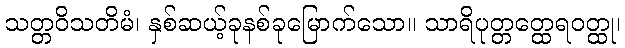
သတ္တဝိသတိမံ၊ နှစ်ဆယ့်ခုနစ်ခုမြောက်သော။ သာရိပုတ္တတ္ထေရဝတ္ထု၊